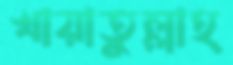
খায়াতুল্লাহ